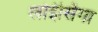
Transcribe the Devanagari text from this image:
लोईसिंगा